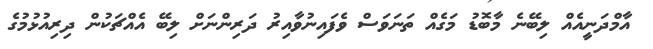
އާމްދަނީއެއް ލިބޭނެ މާބޮޑު މަގެއް ތަނަވަސް ވެފައިނުވާއިރު ދަރިންނަށް ލިބޭ އެއްޗަކުން ދިރިއުޅުމުގެ